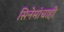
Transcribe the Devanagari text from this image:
सिनेमांचाही